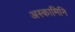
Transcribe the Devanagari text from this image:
अस्कामिनि